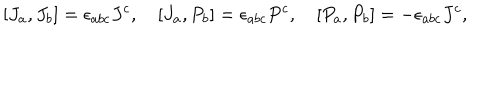
LaTeX: [ J _ { a } , J _ { b } ] = \epsilon _ { a b c } J ^ { c } , \quad [ J _ { a } , P _ { b } ] = \epsilon _ { a b c } P ^ { c } , \quad [ P _ { a } , P _ { b } ] = - \epsilon _ { a b c } J ^ { c } ,